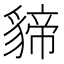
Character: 𮙫